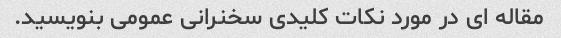
مقاله ای در مورد نکات کلیدی سخنرانی عمومی بنویسید.